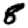
Digit: 8